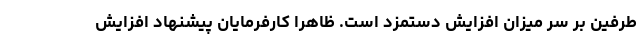
طرفین بر سر میزان افزایش دستمزد است. ظاهراً کارفرمایان پیشنهاد افزایش